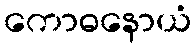
ကောဓနောယံ